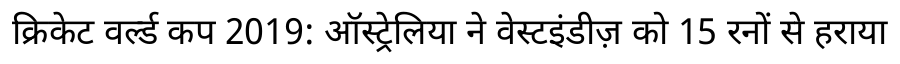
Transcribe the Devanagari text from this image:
क्रिकेट वर्ल्ड कप 2019: ऑस्ट्रेलिया ने वेस्टइंडीज़ को 15 रनों से हराया